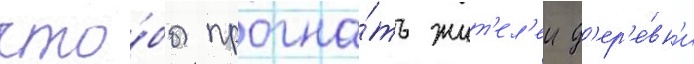
что́бы прогна́ть жит'ел'еи д'ер'е́вн'и